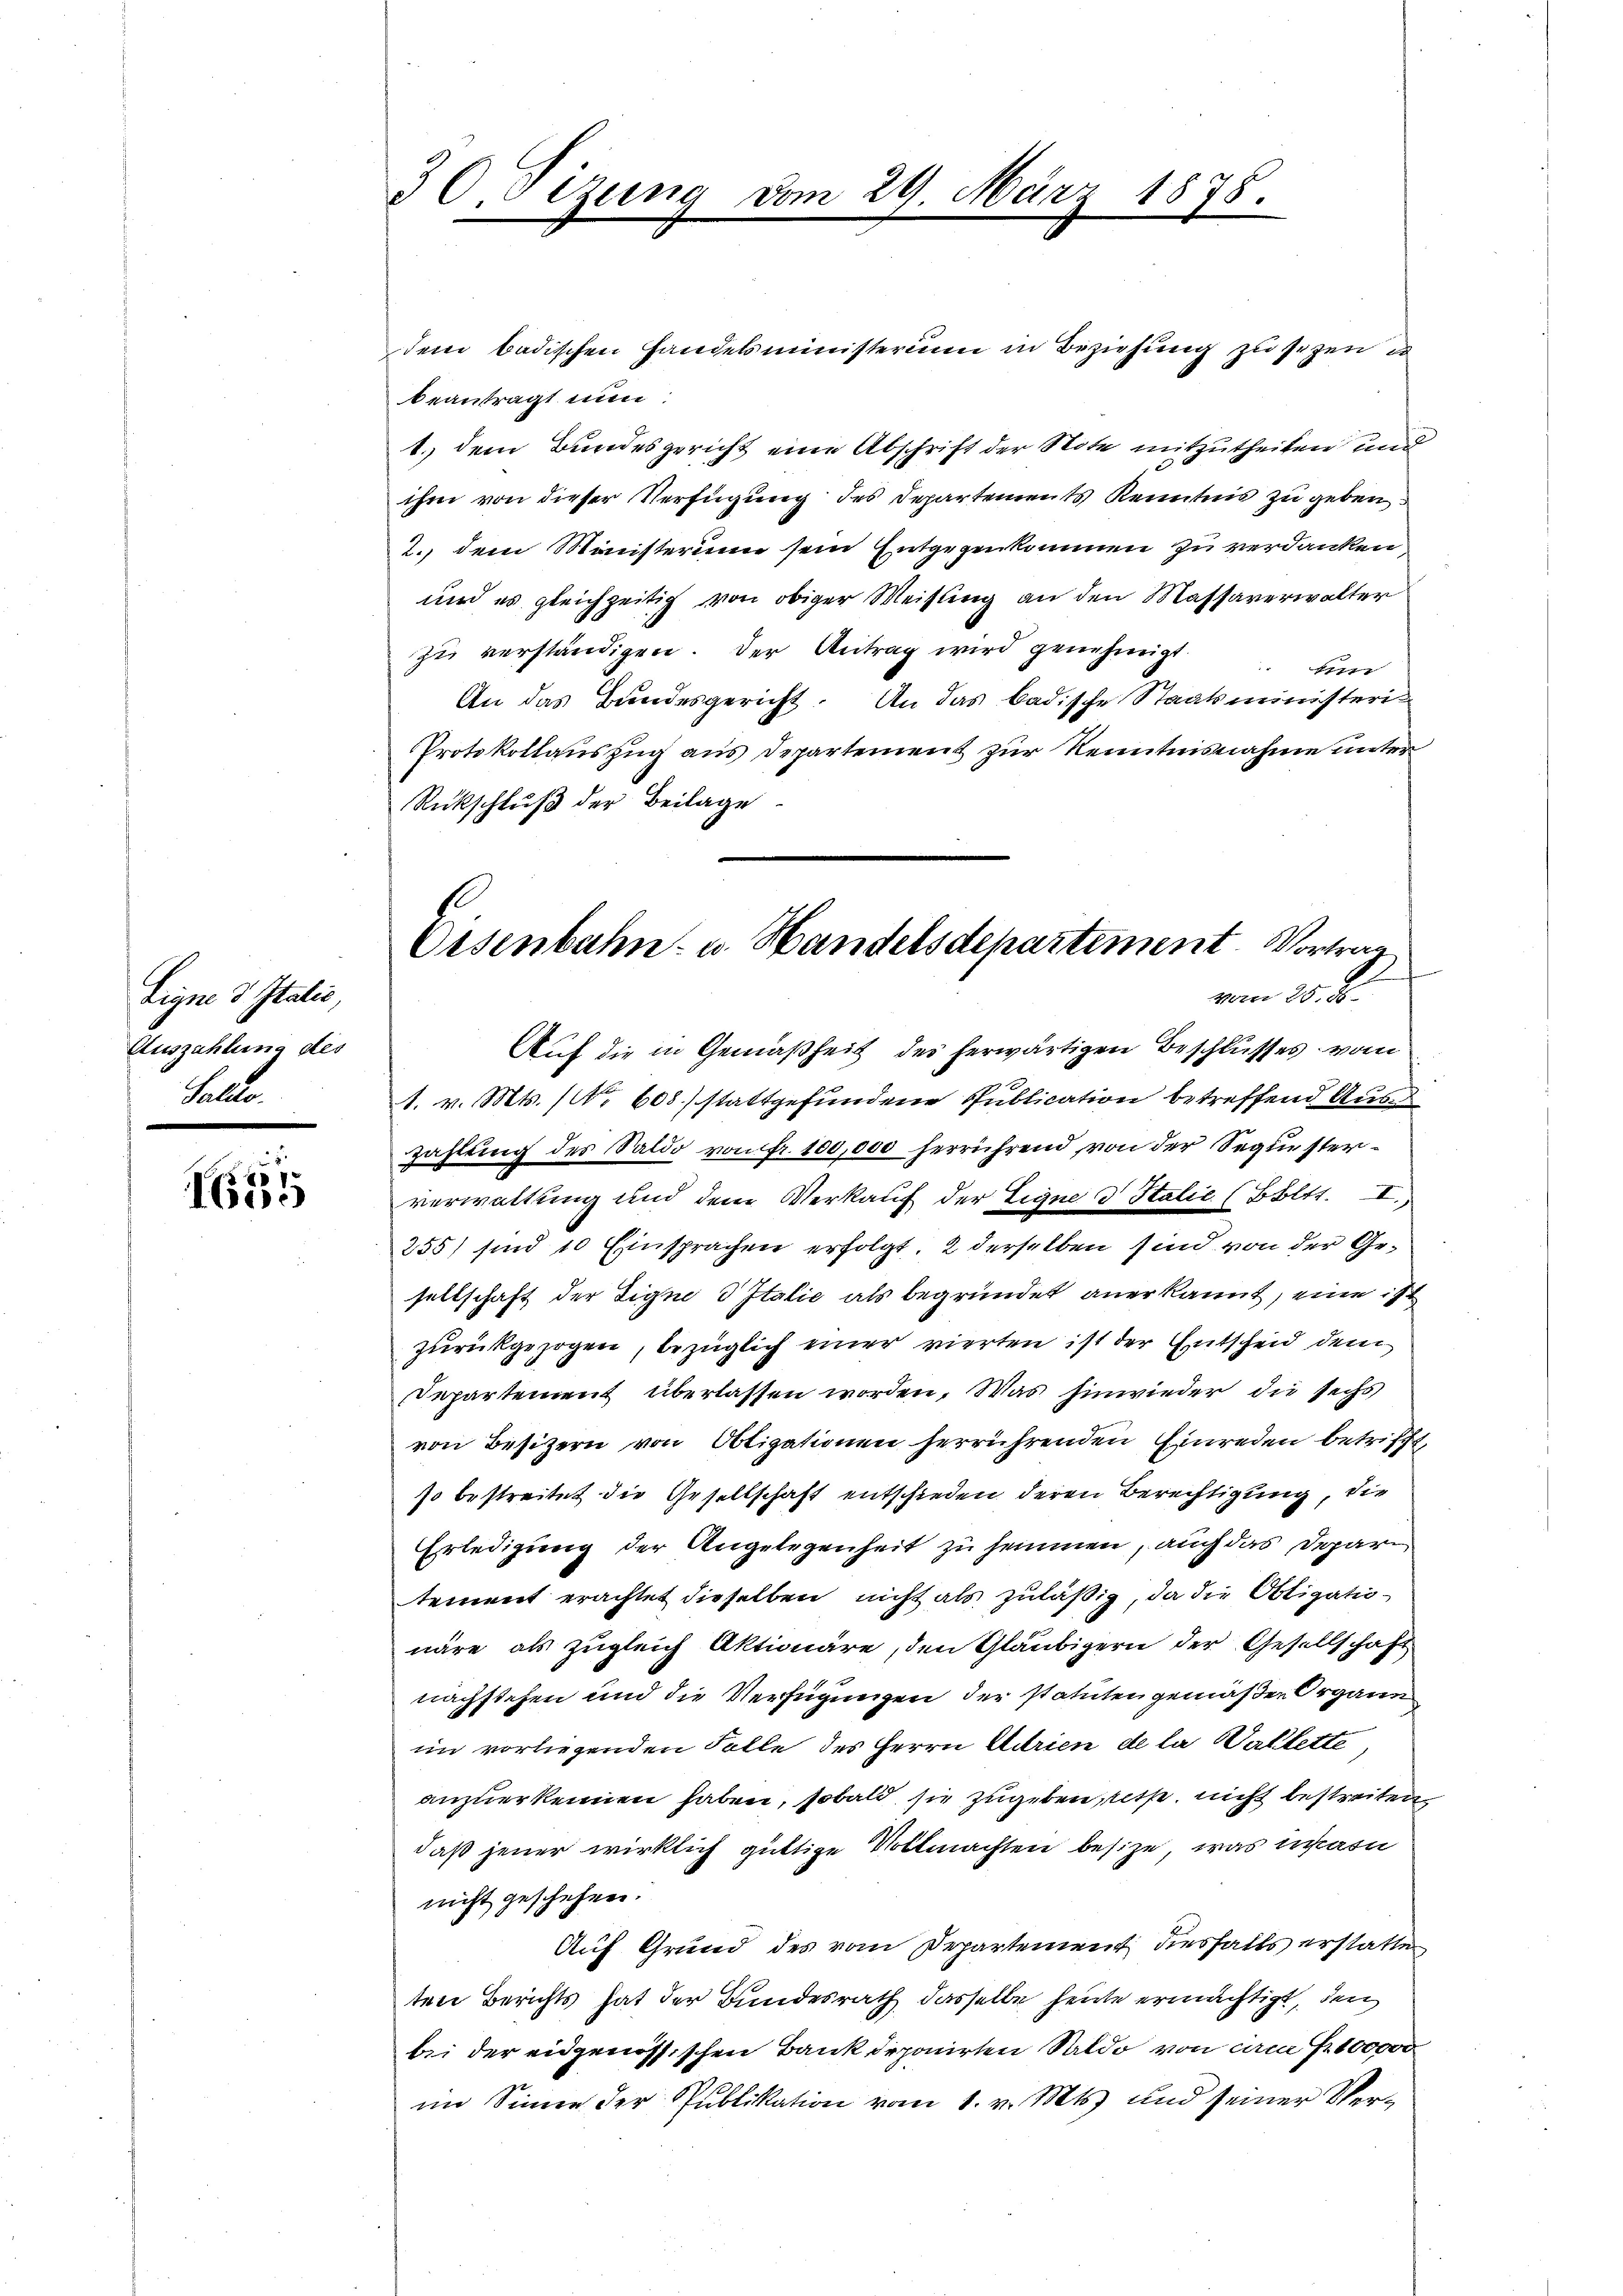
Eigne 3 Italie
Auszahlung des
Saldo

4
ere

I. Segen

dem badischen Handelsministerium in Beziehung zu sezen u
beantragt nun:
1.) dem Bundesgericht eine Abschrift der Note mitzutheilen und
ihm von dieser Verfügung des Departements Kenntnis zu geben.
2., dem Ministerium sein Entgegenkommen zu verdanken,
und es gleichzeitig von obiger Weisung an den Massaverwalter
zu verständigen. Der Antrag wird genehmigt un
An das Bundesgericht. An das badische Staatsministeri¬
Protokollauszug aus Departement zur Kenntnisnahme unter
Rückschlŭβ der Beilage
Auf die in Gemäßheit des herwärtigen Beschlusses vom
1. v. Mts. (No 608) stattgefundene Publication betreffend Aus
zahlung des Saldo von fr. 100,000 herrührend, von der Sequesterverwaltung und dem Verkauf der Eigne d Italie (Böltt. I.
255) sind 10 Einsprachen erfolgt, 2 derselben sind von der Gesellschaft der Signe 3 Italić als begründet anerkannt, eine ist
zurückgezogen, bezüglich einer vierten ist der Entscheid dem
Departement überlassen worden. Was hinwieder die sechs
von Besizern von Obligationen herrührenden Einreden betriffe
so bestreitet die Gesellschaft entschieden deren Berechtigung, die
Erledigung der Angelegenheit zu hemmmen, auch das Departement erachtet dieselben nicht als zuläßig, da die Obligationäre als zugleich Aktionäre, den Gläubigern der Gesellschaft
nachstehen und die Verfügungen der statuten gemäßen Organn
im vorliegenden Falle des Herrn Adrien de la Gallette,
anzuerkennen haben, sobald sie zugeben, es nicht bestreiten,
daß jener wirklich gültige Vollmachten besitze, was mari
nicht geschehen.
Auf Grund des vom Departement diesfalls erstatten
ten Berichts hat der Bundesrath dasselbe heute ermächtigt, den
bei der eidgenössischen Bank deponirten Saldo von cam Fr. 100000
im Sinne der Publikation vom 1. v. Mts. und seiner Ver¬

Im 29. März 1878.

Osenbahn- u. Handelsdepartement. Vortrag
vom 25. S.